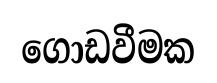
ගොඩවීමක